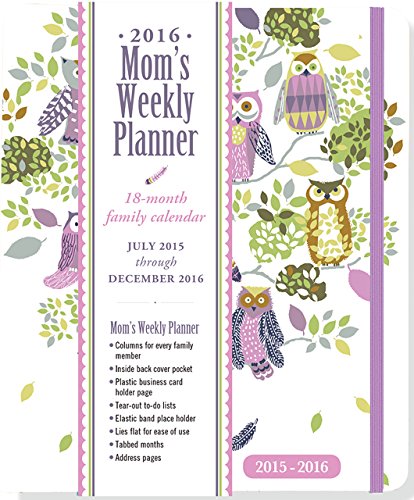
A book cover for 2016 Owl Forest Mom's Weekly Planner (18-Month Calendar, Family Calendar, Diary); Peter Pauper Press; Calendars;